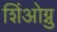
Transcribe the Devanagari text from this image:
शिंओग्नु